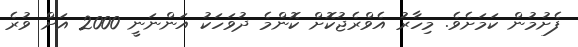
ފެށުމުން ކަމަށެވެ. މިހާރު އެވްރެޖުކޮށް ކޮންމެ ދުވަހަކު އަންނަނީ 2000 އަށް ވުރެ